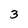
Character: 3